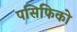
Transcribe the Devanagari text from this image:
पसिफिको